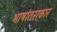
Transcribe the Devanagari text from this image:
भाषांतराकार